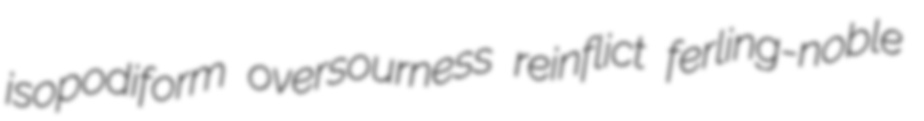
isopodiform oversourness reinflict ferling-noble